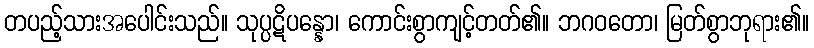
တပည့်သားအပေါင်းသည်။ သုပ္ပဋိပန္နော၊ ကောင်းစွာကျင့်တတ်၏။ ဘဂဝတော၊ မြတ်စွာဘုရား၏။